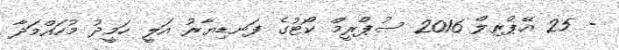
- 25 އޭޕްރިލް 2016 ސުޕްރީމް ކޯޓުގެ ފަނޑިޔާރު އަލީ ހަމީދު މުހައްމަދާ